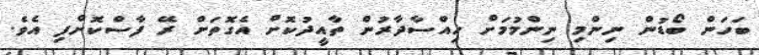
ބަހަން ބޯޑުން ނިންމި ނިންމުމަށް ހިއްސާދާރުން ތާއީދުކޮށް އެގޮތަށް ރޭ ފާސްކޮށްފި އެވެ.